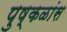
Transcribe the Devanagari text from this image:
पुष्कळांस